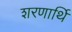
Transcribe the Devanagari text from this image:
शरणार्थि